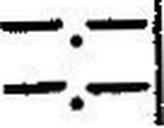
—.—